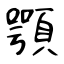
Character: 顎